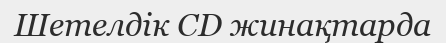
Шетелдік CD жинақтарда